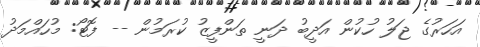
އަހަރުގެ ޖަލު ހުކުން އަދީބު ދަނީ ތަންފީޒު ކުރަމުން -- ފޮޓޯ: މުހައްމަދު